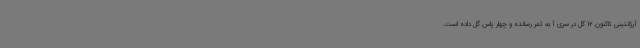
آرژانتینی تاکنون 12 گل در سری آ به ثمر رسانده و چهار پاس گل داده است.